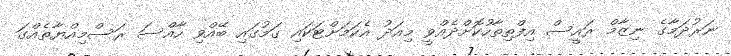
ނަރުދަމާގެ ނިޒާމް ރައީސް އިފްތިތާހުކޮށްދެއްވީ މިއަދު އެކަމަށްޓަކައި ގަމުގައި ބޭއްވި ހާއްސަ ރަސްމިއްޔާތެއްގަ